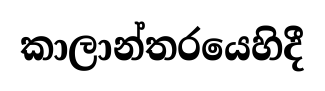
කාලාන්තරයෙහිදී